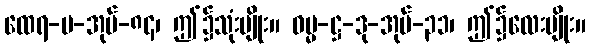
ထေရ-ပ-အုပ်-၈၄၊ ဤ၌သုံးမျိုး။ ဓမ္မ-ဋ္ဌ-ဒု-အုပ်-၃၁၊ ဤ၌လေးမျိုး။